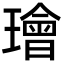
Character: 璯